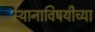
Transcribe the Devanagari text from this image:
स्थानाविषयीच्या